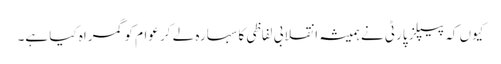
کیوں کہ پیپلز پارٹی نے ہمیشہ انقلابی لفاظی کا سہارہ لے کر عوام کو گمراہ کیا ہے۔